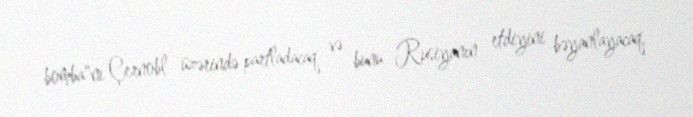
bomba"nı Çernobl üzərində partladacaq və bunu Rusiyanın etdiyini bəyanlayacaq.